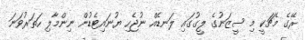
ރޭގެ މެޗަކީ މި ސީޒަނުގެ ލީގުގައި ލަނޑެއް ނުޖެހި ޔުނައިޓެޑުން ނިންމާލި ހަތަރުވަނަ